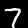
Digit: 7